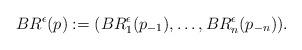
LaTeX: \begin{align*}BR^\epsilon(p) := (BR_1^\epsilon(p_{-1}),\ldots,BR_n^\epsilon(p_{-n})).\end{align*}